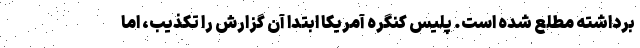
برداشته مطلع شده است. پلیس کنگره آمریکا ابتدا آن گزارش را تکذیب، اما